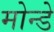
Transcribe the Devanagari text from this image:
मोन्डे